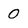
Character: O